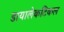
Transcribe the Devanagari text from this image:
डायालेकटिकल